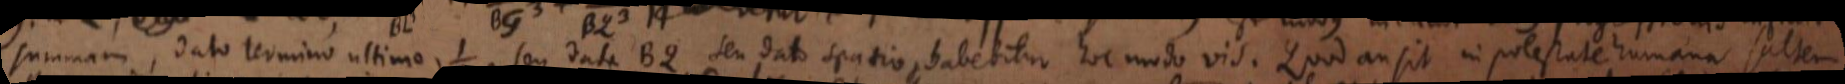
summam, dato termino ultimo, _ seu data BQ, seu dato spatio et habebitur hoc modo vis. Quod an sit in potestate humana saltem